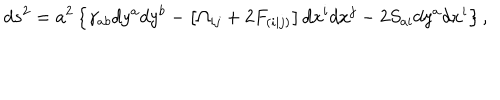
d s ^ { 2 } = a ^ { 2 } \left\{ \gamma _ { a b } d y ^ { a } d y ^ { b } - \left[ \Omega _ { i j } + 2 F _ { ( i | j ) } \right] d x ^ { i } d x ^ { j } - 2 S _ { a i } d y ^ { a } d x ^ { i } \right\} ,